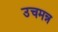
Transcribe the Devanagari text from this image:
उचमन्न